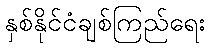
နှစ်နိုင်ငံချစ်ကြည်ရေး